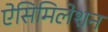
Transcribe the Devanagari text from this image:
ऐसिमिलेशन